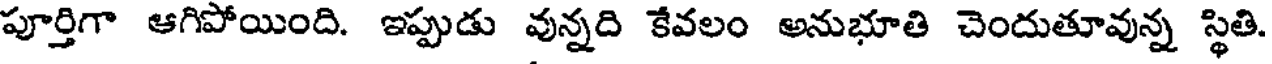
పూర్తిగా ఆగిపోయింది. ఇప్పుడు వున్నది కేవలం అనుభూతి చెందుతూవున్న స్థితి,